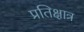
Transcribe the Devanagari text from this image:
प्रतिक्षात्र